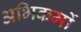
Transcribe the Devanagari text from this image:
अभिकर्मो